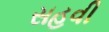
સહવી